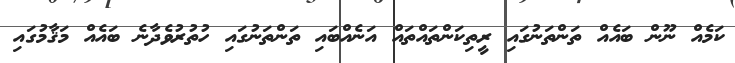
ކަމެއް ނޫން ބައެއް ތަންތަނުގައި ރީތިކަންތައްތައް އަނެއްބައި ތަންތަނުގައި ހުތުރުވެދާނެ ބައެއް މަޤާމުގައި